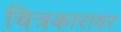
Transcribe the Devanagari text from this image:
चित्रकारावर